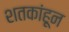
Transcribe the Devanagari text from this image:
शतकांहून